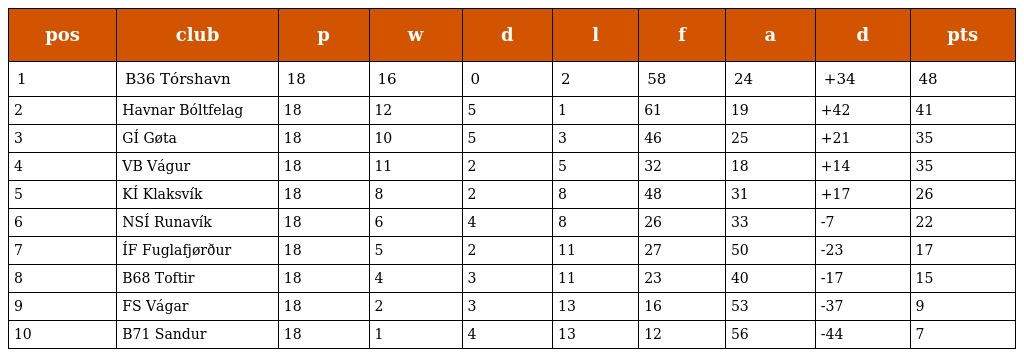
| pos | club | p | w | d | l | f | a | d | pts |
 | --- | --- | --- | --- | --- | --- | --- | --- | --- | --- |
 | 1 | B36 Tórshavn | 18 | 16 | 0 | 2 | 58 | 24 | +34 | 48 |
 | 2 | Havnar Bóltfelag | 18 | 12 | 5 | 1 | 61 | 19 | +42 | 41 |
 | 3 | GÍ Gøta | 18 | 10 | 5 | 3 | 46 | 25 | +21 | 35 |
 | 4 | VB Vágur | 18 | 11 | 2 | 5 | 32 | 18 | +14 | 35 |
 | 5 | KÍ Klaksvík | 18 | 8 | 2 | 8 | 48 | 31 | +17 | 26 |
 | 6 | NSÍ Runavík | 18 | 6 | 4 | 8 | 26 | 33 | -7 | 22 |
 | 7 | ÍF Fuglafjørður | 18 | 5 | 2 | 11 | 27 | 50 | -23 | 17 |
 | 8 | B68 Toftir | 18 | 4 | 3 | 11 | 23 | 40 | -17 | 15 |
 | 9 | FS Vágar | 18 | 2 | 3 | 13 | 16 | 53 | -37 | 9 |
 | 10 | B71 Sandur | 18 | 1 | 4 | 13 | 12 | 56 | -44 | 7 |